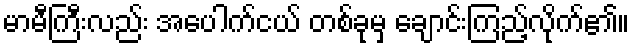
မာမီကြီးလည်း အပေါက်ငယ် တစ်ခုမှ ချောင်းကြည့်လိုက်၏။